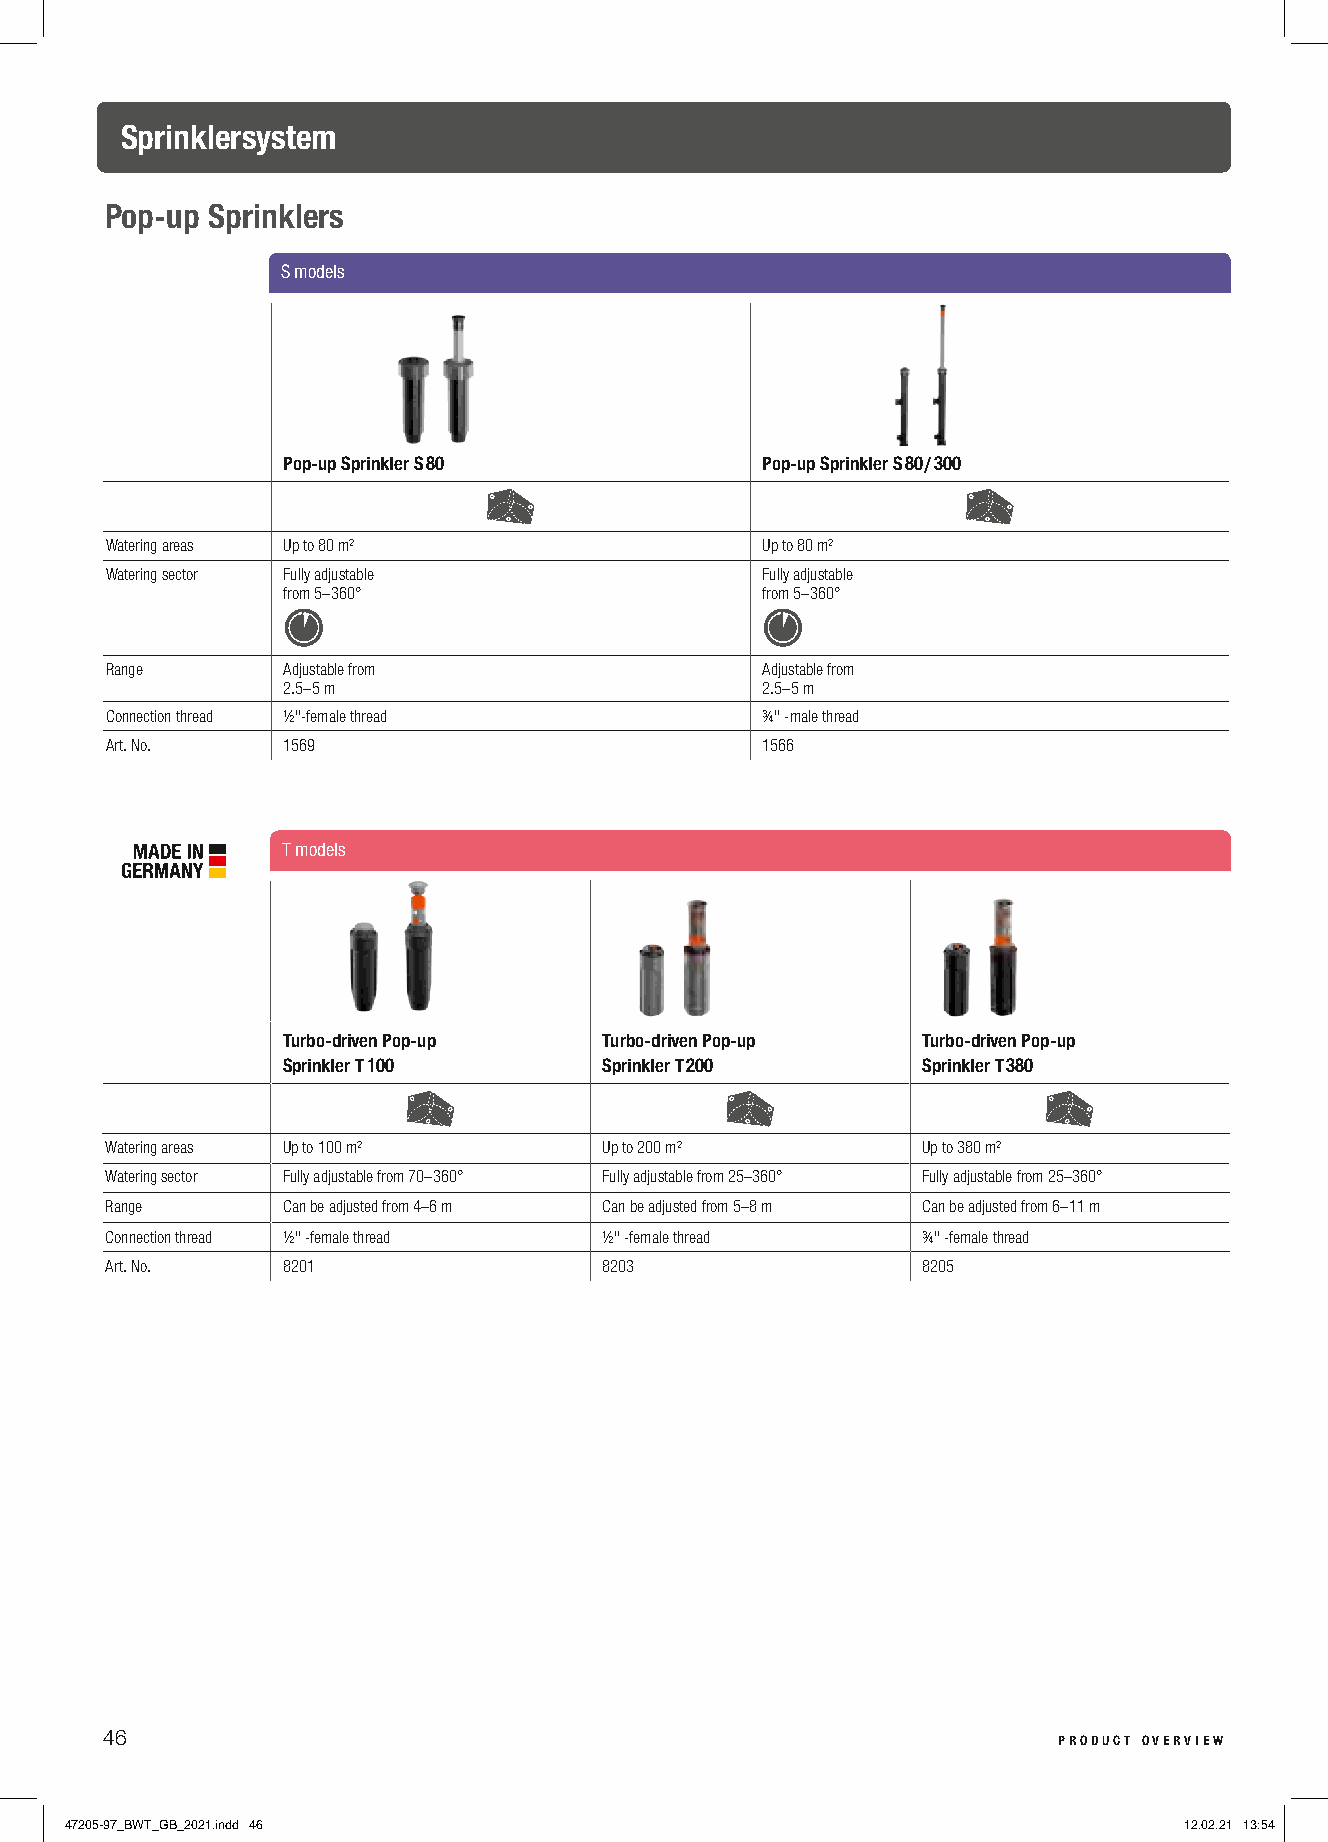
Sprinklersystem
 Pop-up Sprinklers
 S models
 Pop-up Sprinkler S 80          Pop-up Sprinkler S 80 / 300
 Watering areas Up to 80 m²                 Up to 80 m²
 Watering sector Fully adjustable           Fully adjustable
 from 5–360°                    from 5–360°
 Range       Adjustable from                Adjustable from
 2.5–5 m                        2.5–5 m
 Connection thread ½"-female thread         ¾" -male thread
 Art. No.    1569                           1566
 T models
 Turbo-driven Pop-up  Turbo-driven Pop-up  Turbo-driven Pop-up
 Sprinkler T 100      Sprinkler T 200      Sprinkler T 380
 Watering areas Up to 100 m²      Up to 200 m²         Up to 380 m²
 Watering sector Fully adjustable from 70–360° Fully adjustable from 25–360° Fully adjustable from 25–360°
 Range       Can be adjusted from 4–6 m Can be adjusted from 5–8 m Can be adjusted from 6–11 m
 Connection thread ½" -female thread ½" -female thread ¾" -female thread
 Art. No.    8201                 8203                 8205
 46                                                             product overview
 47205-97_BWT_GB_2021.indd 46                                              12.02.21 13:54